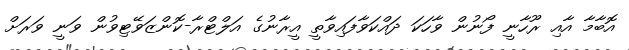
އޮބާމާ އާއި ރޫހާނީ ފޯނުން ވާހަކަ ދައްކަވާފައިވާތީ އީރާނުގެ އަލްޓްރާ-ކޮންޒަވޭޓިވުން ވަނީ ވަރަށް